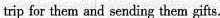
trip for them and sending them gifts.